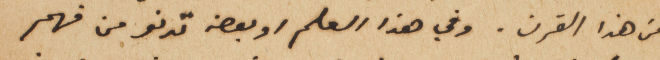
من هذا القرن. وفي هذا العلم او بعضه تدنو من فهم